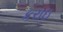
કરાઇ